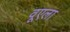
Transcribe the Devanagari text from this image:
वूएला